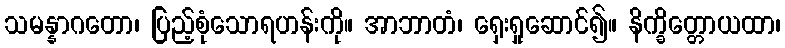
သမန္နာဂတော၊ ပြည့်စုံသောရဟန်းကို။ အာဘာတံ၊ ရှေးရှုဆောင်၍။ နိက္ခိတ္တောယထာ၊